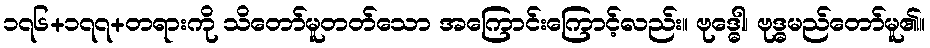
၁၇၆+၁၇၇+တရားကို သိတော်မူတတ်သော အကြောင်းကြောင့်လည်း။ ဗုဒ္ဓေါ၊ ဗုဒ္ဓမည်တော်မူ၏။